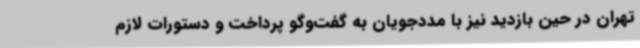
تهران در حین بازدید نیز با مددجویان به گفت‌وگو پرداخت و دستورات لازم